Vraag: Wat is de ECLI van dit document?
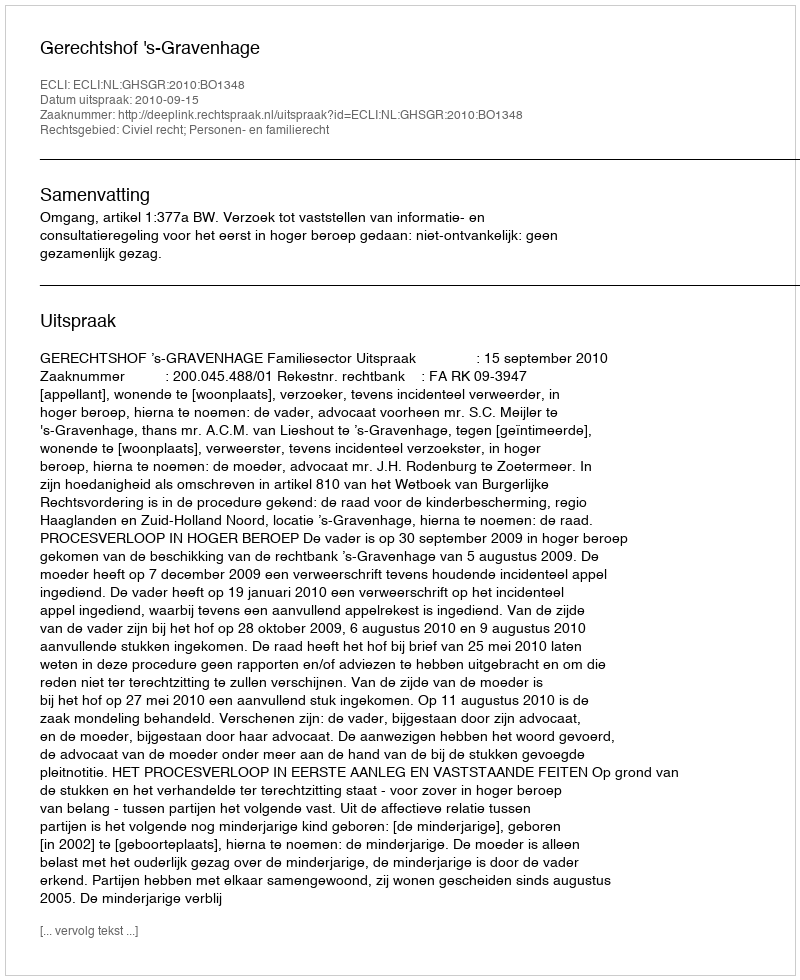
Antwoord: ECLI:NL:GHSGR:2010:BO1348